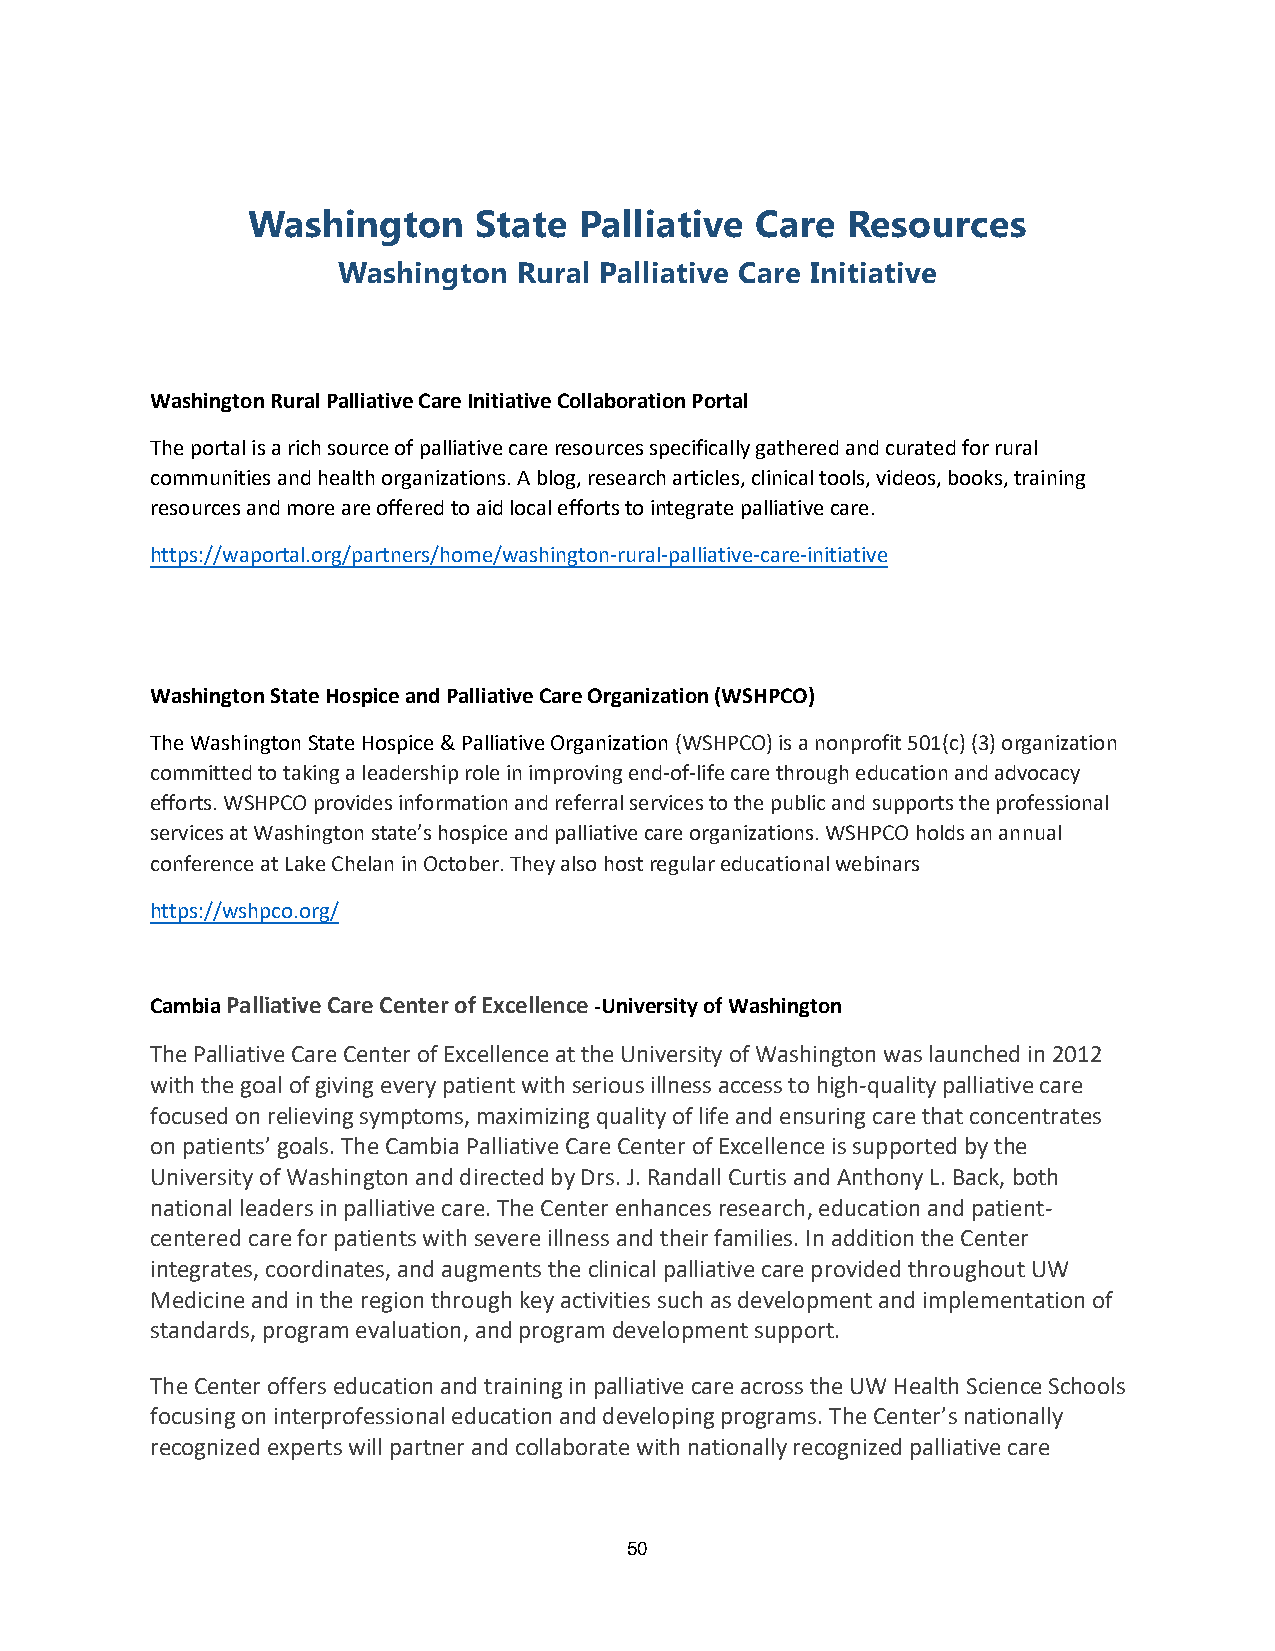
Washington      State Palliative  Care  Resources
 Washington  Rural Palliative Care Initiative
 Washington Rural Palliative Care Initiative Collaboration Portal
 The portal is a rich source of palliative care resources specifically gathered and curated for rural
 communities and health organizations. A blog, research articles, clinical tools, videos, books, training
 resources and more are offered to aid local efforts to integrate palliative care.
 https://waportal.org/partners/home/washington-rural-palliative-care-initiative
 Washington State Hospice and Palliative Care Organization (WSHPCO)
 The Washington State Hospice & Palliative Organization (WSHPCO) is a nonprofit 501(c) (3) organization
 committed to taking a leadership role in improving end-of-life care through education and advocacy
 efforts. WSHPCO provides information and referral services to the public and supports the professional
 services at Washington state’s hospice and palliative care organizations. WSHPCO holds an annual
 conference at Lake Chelan in October. They also host regular educational webinars
 https://wshpco.org/
 Cambia Palliative Care Center of Excellence -University of Washington
 The Palliative Care Center of Excellence at the University of Washington was launched in 2012
 with the goal of giving every patient with serious illness access to high-quality palliative care
 focused on relieving symptoms, maximizing quality of life and ensuring care that concentrates
 on patients’ goals. The Cambia Palliative Care Center of Excellence is supported by the
 University of Washington and directed by Drs. J. Randall Curtis and Anthony L. Back, both
 national leaders in palliative care. The Center enhances research, education and patient-
 centered care for patients with severe illness and their families. In addition the Center
 integrates, coordinates, and augments the clinical palliative care provided throughout UW
 Medicine and in the region through key activities such as development and implementation of
 standards, program evaluation, and program development support.
 The Center offers education and training in palliative care across the UW Health Science Schools
 focusing on interprofessional education and developing programs. The Center’s nationally
 recognized experts will partner and collaborate with nationally recognized palliative care
 50